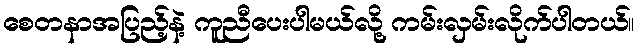
စေတနာအပြည့်နဲ့ ကူညီပေးပါမယ်လို့ ကမ်းလှမ်းလိုက်ပါတယ်။